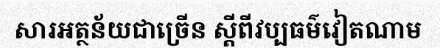
សារអត្ថន័យជាច្រើន ស្តីពីវប្បធម៌វៀតណាម